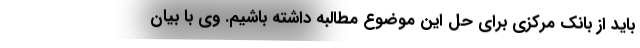
باید از بانک مرکزی برای حل این موضوع مطالبه داشته باشیم. وی با بیان